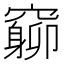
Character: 𥨚